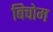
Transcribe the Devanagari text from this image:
बिचोम